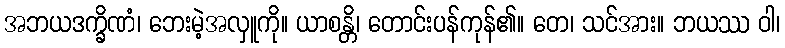
အဘယဒက္ခိဏံ၊ ဘေးမဲ့အလှူကို။ ယာစန္တိ၊ တောင်းပန်ကုန်၏။ တေ၊ သင်အား။ ဘယဿ ဝါ၊